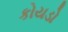
કોયડો